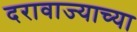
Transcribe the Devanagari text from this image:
दरावाज्याच्या